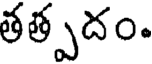
తత్పదం.